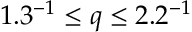
1 . 3 ^ { - 1 } \AA \leq q \leq 2 . 2 \AA ^ { - 1 }